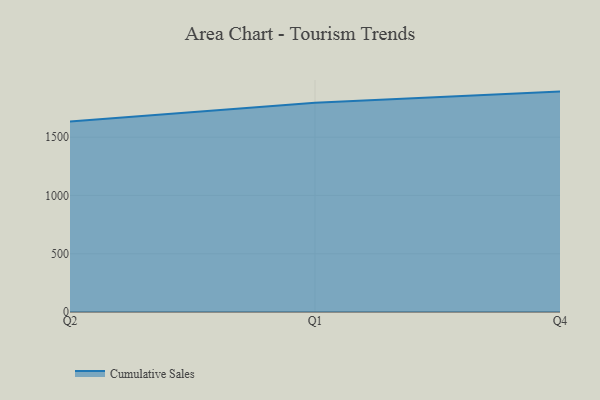
{"axis": {"x": "Quarter", "y": "Page Views"}, "legend": ["Cumulative Sales"], "data": [{"x": "Q2", "y": 1634.9, "type": "Cumulative Sales"}, {"x": "Q1", "y": 1795.2, "type": "Cumulative Sales"}, {"x": "Q4", "y": 1890.9, "type": "Cumulative Sales"}]}